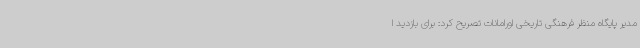
مدیر پایگاه منظر فرهنگی تاریخی اورامانات تصریح کرد: برای بازدید ا